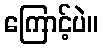
ကြောင့်ပဲ။